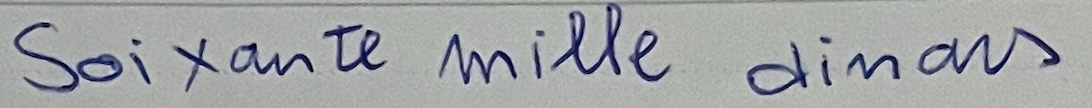
Soixante mille dinars